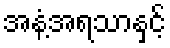
အနံ့အရသာနှင့်